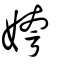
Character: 姱